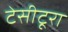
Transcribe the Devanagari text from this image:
टेसीटूरा